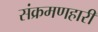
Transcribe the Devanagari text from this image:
संक्रमणहारी